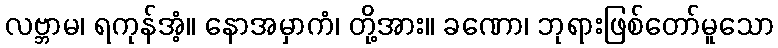
လဗ္ဘာမ၊ ရကုန်အံ့။ နောအမှာကံ၊ တို့အား။ ခဏော၊ ဘုရားဖြစ်တော်မူသော